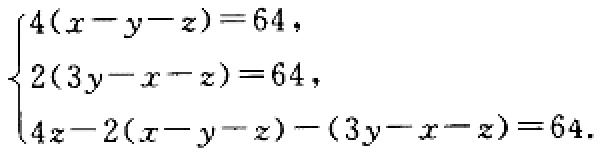
\[\begin{cases}4(x - y - z)=64,\\2(3y - x - z)=64,\\4z-2(x - y - z)-(3y - x - z)=64.\end{cases}\]